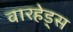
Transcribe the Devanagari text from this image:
वारहेड्स